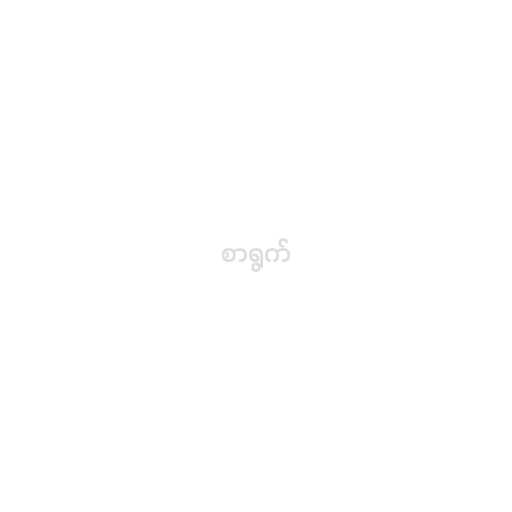
စာရွက်